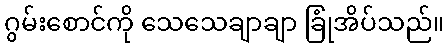
ဂွမ်းစောင်ကို သေသေချာချာ ခြုံအိပ်သည်။